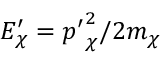
E _ { \chi } ^ { \prime } = { p ^ { \prime } } _ { \chi } ^ { 2 } / 2 m _ { \chi }